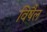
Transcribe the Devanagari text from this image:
विषैल